Report of the Indian Hemp Drugs Commission, 1894-1895 - Volume I
Year: 1894
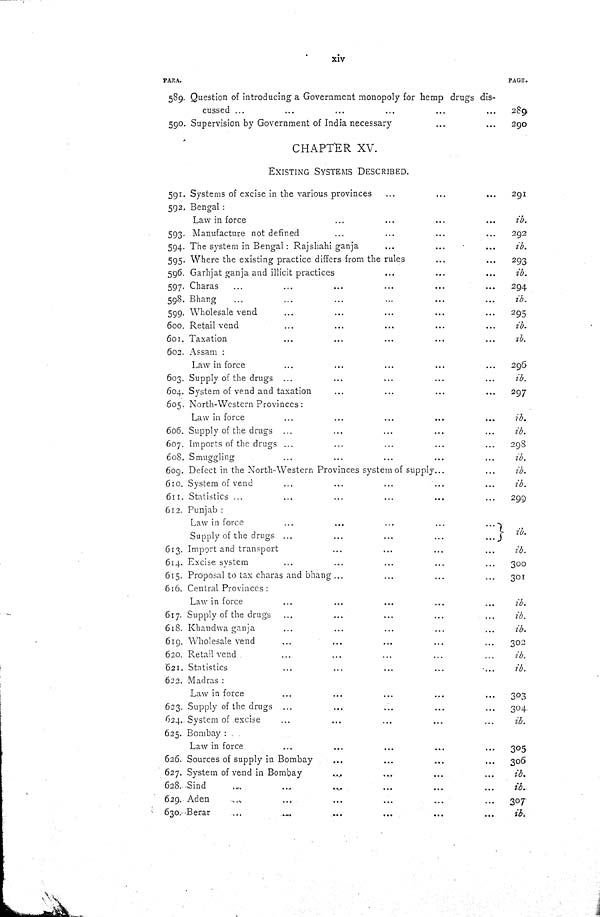
xiv
PARA.
PAGE.
589. Question of introducing a Government monopoly for hemp drugs dis-
cussed
289
590. Supervision by Government of India necessary
290
CHAPTER XV.
EXISTING SYSTEMS DESCRIBED.
591. Systems of excise in the various provinces
291
592. Bengal:
Law in force
ib.
593. Manufacture not defined
292
594. The system in Bengal: Rajshahi ganja
ib.
595. Where the existing practice differs from the rules
293
596. Garhjat ganja and illicit practices
ib.
597. Charas
294
598. Bhang
ib.
599. Wholesale vend
295
600. Retail vend
ib.
601. Taxation
ib.
602. Assam:
Law in force
296
603. Supply of the drugs
ib.
604. System of vend and taxation
297
605. North-Western Provinces:
Law in force
ib.
606. Supply of the drugs
ib.
607. Imports of the drugs
298
608. Smuggling
ib.
609. Defect in the North-Western Provinces system of supply
ib.
610. System of vend
ib.
611. Statistics
299
612. Punjab:
Law in force
ib.
Supply of the drugs
ib.
613. Import and transport
ib.
614. Excise system
300
615. Proposal to tax charas and bhang
301
616. Central Provinces:
Law in force
ib.
617. Supply of the drugs
ib.
618. Khandwa ganja
ib.
619. Wholesale vend
302
620. Retail vend
ib.
621. Statistics
ib.
622. Madras:
Law in force
303
623. Supply of the drugs
304
624. System of excise
ib.
625. Bombay:
Law in force
305
626. Sources of supply in Bombay
306
627. System of vend in Bombay
ib.
628. Sind
ib.
629. Aden
307
630. Berar
ib.